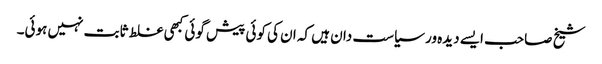
شیخ صاحب ایسے دیدہ ور سیاست دان ہیں کہ ان کی کوئی پیش گوئی کبھی غلط ثابت نہیں ہوئی۔